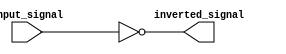
module inverting_buffer (
    input wire input_signal,
    output reg inverted_signal
);

always @ (input_signal) begin
    inverted_signal = ~input_signal;
end

endmodule